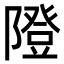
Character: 隥